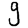
Digit: 9